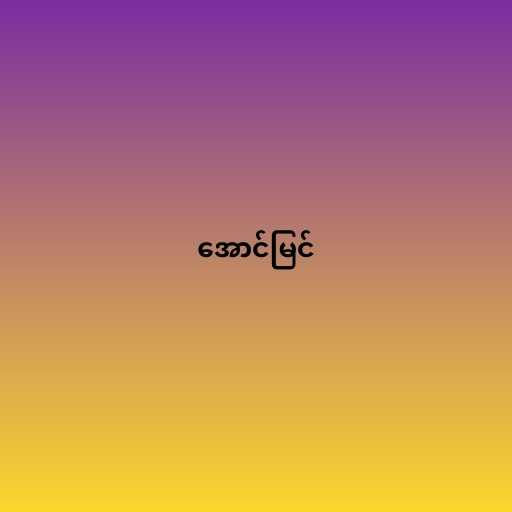
အောင်မြင်